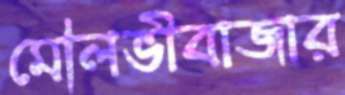
মৌলভীবাজার